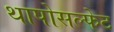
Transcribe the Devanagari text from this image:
थापोसल्फेट